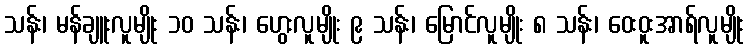
သန်း၊ မန်ချူးလူမျိုး ၁၀ သန်း၊ ဟွေးလူမျိုး ၉ သန်း၊ မြောင်လူမျိုး ၈ သန်း၊ ဝေးဝူးအာရ်လူမျိုး